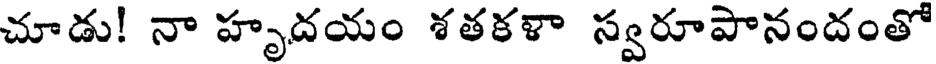
చూడు! నా హృదయం శతకళా స్వరూపానందంతో